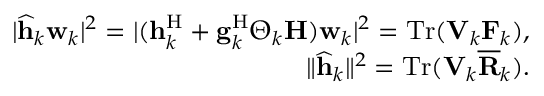
\begin{array} { r l r } & { } & { \vert \widehat { \mathbf { h } } _ { k } \mathbf { w } _ { k } \vert ^ { 2 } = \vert ( \mathbf { h } _ { k } ^ { \mathrm { H } } + \mathbf { g } _ { k } ^ { \mathrm { H } } \boldsymbol { \Theta } _ { k } \mathbf { H } ) \mathbf { w } _ { k } \vert ^ { 2 } = \mathrm { T r } ( \mathbf { V } _ { k } \mathbf { F } _ { k } ) , } \\ & { } & { \Vert \widehat { \mathbf { h } } _ { k } \Vert ^ { 2 } = \mathrm { T r } ( \mathbf { V } _ { k } \mathbf { \overline { { R } } } _ { k } ) . } \end{array}